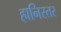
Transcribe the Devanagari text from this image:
हानिस्तर